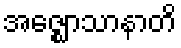
အဇ္ဈောသာနာတိ